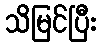
သိမြင်ပြီး